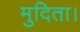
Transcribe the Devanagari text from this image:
मुदिता।